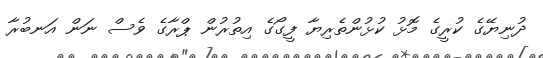
ދުނިޔޭގެ ކުރީގެ މޮޅު ކުޅުންތެރިޔާ ފީގޯގެ އިތުރުން ޕްރާގެ ވެސް ނަން އަނބުރާ